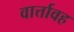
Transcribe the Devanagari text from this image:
वार्त्तावह